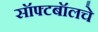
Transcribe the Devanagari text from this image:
सॉफ्टबॉलचे